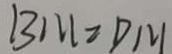
B M \geq D M